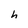
Character: h